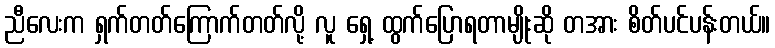
ညီလေးက ရှက်တတ်ကြောက်တတ်လို့ လူ ရှေ့ ထွက်ပြောရတာမျိုးဆို တအား စိတ်ပင်ပန်းတယ်။